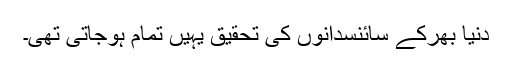
دنيا بھرکے سائنسدانوں کی تحقيق يہيں تمام ہوجاتی تھی۔